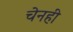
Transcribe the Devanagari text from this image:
चेनही